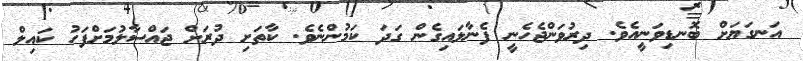
އަނގަޔަށް ބޮނޑިވަނީއެވެ. ދިރުވަންޖެހެނީ ފެނާލައިގެން ގަދަ ކަމުންނެވެ. ކާތަށި ދުރަށް ޖައްސާލުމަށްފަހު ކައިލް